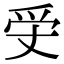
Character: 𤓾